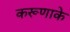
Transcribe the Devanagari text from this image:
करूणाके